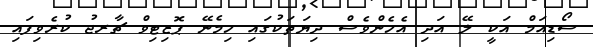
ސޯޑިއަމް އަކީ ލޭ އަދި އެހެންވެސް ދިޔަތަކުގައި ހިމެނޭ ޕޮޒިޓިވް ޗާރޖު ކުރެވިފައި